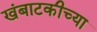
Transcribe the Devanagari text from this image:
खंबाटकीच्या